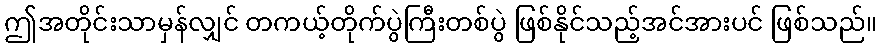
ဤအတိုင်းသာမှန်လျှင် တကယ့်တိုက်ပွဲကြီးတစ်ပွဲ ဖြစ်နိုင်သည့်အင်အားပင် ဖြစ်သည်။